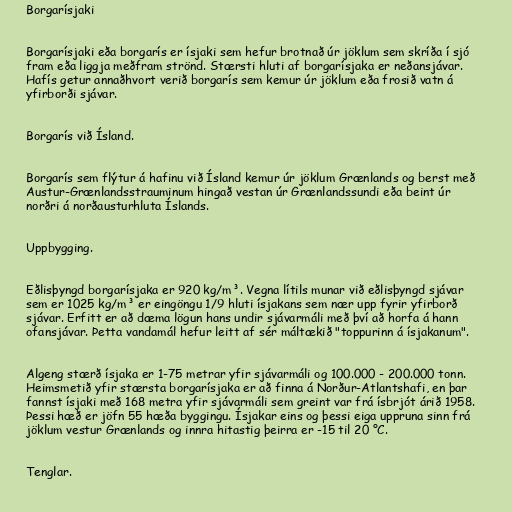
Borgarísjaki

Borgarísjaki eða borgarís er ísjaki sem hefur brotnað úr jöklum sem skríða í sjó
fram eða liggja meðfram strönd. Stærsti hluti af borgarísjaka er neðansjávar.
Hafís getur annaðhvort verið borgarís sem kemur úr jöklum eða frosið vatn á
yfirborði sjávar.

Borgarís við Ísland.

Borgarís sem flýtur á hafinu við Ísland kemur úr jöklum Grænlands og berst með
Austur-Grænlandsstrauminum hingað vestan úr Grænlandssundi eða beint úr
norðri á norðausturhluta Íslands.

Uppbygging.

Eðlisþyngd borgarísjaka er 920 kg/m³. Vegna lítils munar við eðlisþyngd sjávar
sem er 1025 kg/m³ er eingöngu 1/9 hluti ísjakans sem nær upp fyrir yfirborð
sjávar. Erfitt er að dæma lögun hans undir sjávarmáli með því að horfa á hann
ofansjávar. Þetta vandamál hefur leitt af sér máltækið "toppurinn á ísjakanum".

Algeng stærð ísjaka er 1-75 metrar yfir sjávarmáli og 100.000 - 200.000 tonn.
Heimsmetið yfir stærsta borgarísjaka er að finna á Norður-Atlantshafi, en þar
fannst ísjaki með 168 metra yfir sjávarmáli sem greint var frá ísbrjót árið 1958.
Þessi hæð er jöfn 55 hæða byggingu. Ísjakar eins og þessi eiga uppruna sinn frá
jöklum vestur Grænlands og innra hitastig þeirra er -15 til 20 °C.

Tenglar.